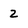
Character: 2